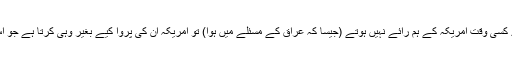
اگر یہ دونوں اِدارے کسی وقت امریکہ کے ہم رائے نہیں ہوتے (جیسا کہ عراق کے مسئلے میں ہوا) تو امریکہ اِن کی پروا کیے بغیر وہی کرتا ہے جو اُس کو کرنا ہوتا ہے۔